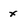
Character: x